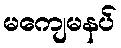
မကျေမနပ်